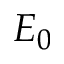
E _ { 0 }